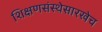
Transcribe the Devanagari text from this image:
शिक्षणसंस्थेसारखेच